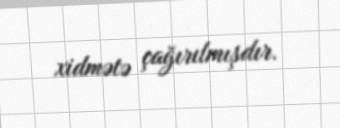
xidmətə çağırılmışdır.